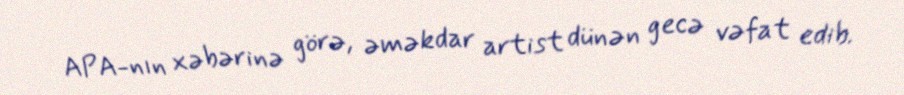
APA-nın xəbərinə görə, əməkdar artist dünən gecə vəfat edib.